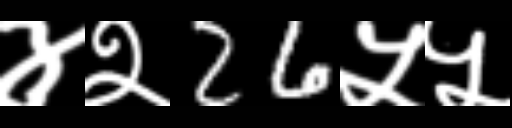
Text: ४२26५५